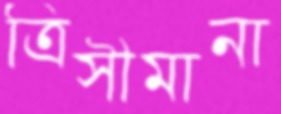
ত্রিসীমানা